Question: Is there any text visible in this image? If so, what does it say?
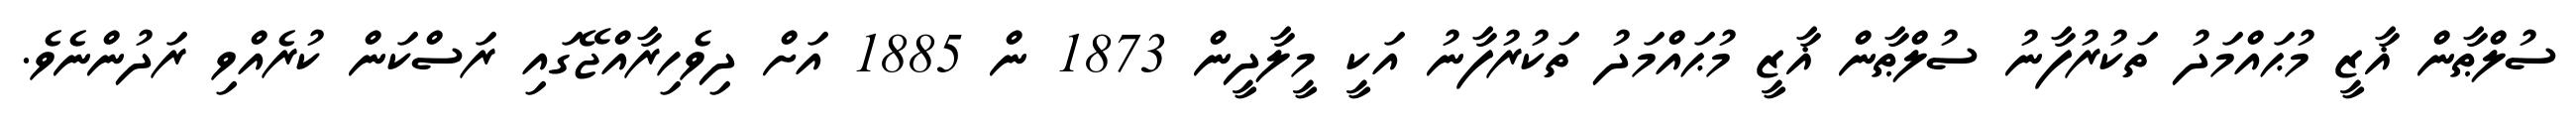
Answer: ސުލްޠާން ޣާޒީ މުޙައްމަދު ތަކުރުފާނު ސުލްޠާން ޣާޒީ މުޙައްމަދު ތަކުރުފާނު އަކީ މީލާދީން 1873 ން 1885 އަށް ދިވެހިރާއްޖޭގައި ރަސްކަން ކުރެއްވި ރަދުންނެވެ.